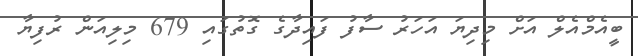
ބީއެމްއެލް އަށް މިދިޔަަ އަހަރު ސާފު ފައިދާގެ ގޮތުގައި 679 މިލިއަން ރުފިޔާ